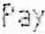
PAY